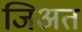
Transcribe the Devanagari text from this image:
जिअत